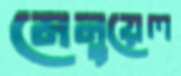
মেনুয়েল